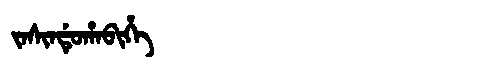
Manchu: ᠵᠠᠰᡳᠨᡩᡠᡥᠠᠪᡳᡥᡝ
Romanization: JASINDUHABIHE